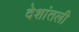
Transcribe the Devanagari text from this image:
देशांतली